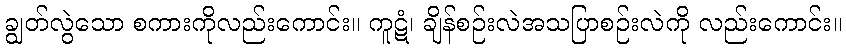
ချွတ်လွဲသော စကားကိုလည်းကောင်း။ ကူဋံ၊ ချိန်စဉ်းလဲအသပြာစဉ်းလဲကို လည်းကောင်း။